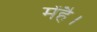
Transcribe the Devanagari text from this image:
मेंहै।